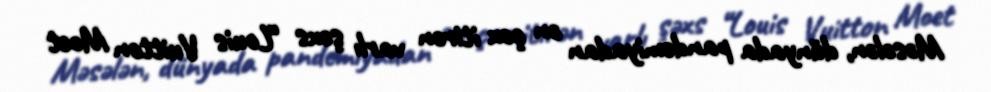
Məsələn, dünyada pandemiyadan ən çox itirən varlı şəxs “Louis Vuitton Moet